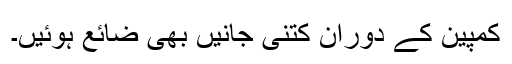
کمپین کے دوران کتنی جانیں بھی ضائع ہوئیں۔